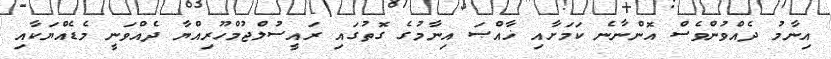
އިނާމު ދެއްވުންވެސް އޮންނާނެ ކަމަށާއި ޚާއްޞަ އިނާމުގެ ގޮތުގައި ރައީސުލްޖުމްހޫރިއްޔާ ދެއްވަނީ މެޑެއްޔަކާއި